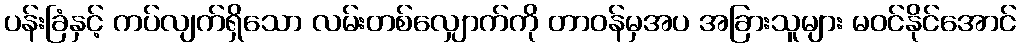
ပန်းခြံနှင့် ကပ်လျက်ရှိသော လမ်းတစ်လျှောက်ကို တာဝန်မှအပ အခြားသူများ မဝင်နိုင်အောင်